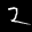
Label: 2